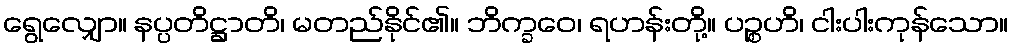
ရွေလျှော။ နပ္ပတိဋ္ဌာတိ၊ မတည်နိုင်၏။ ဘိက္ခဝေ၊ ရဟန်းတို့။ ပဉ္စဟိ၊ ငါးပါးကုန်သော။